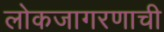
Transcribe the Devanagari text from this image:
लोकजागरणाची